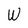
Character: W